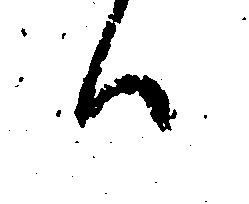
ハ